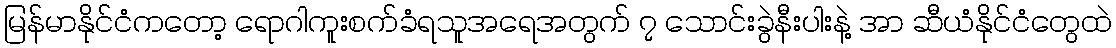
မြန်မာနိုင်ငံကတော့ ရောဂါကူးစက်ခံရသူအရေအတွက် ၇ သောင်းခွဲနီးပါးနဲ့ အာ ဆီယံနိုင်ငံတွေထဲ